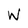
Character: W